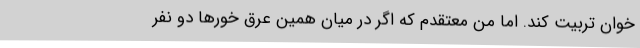
خوان تربیت کند. اما من معتقدم که اگر در میان همین عرق خورها دو نفر